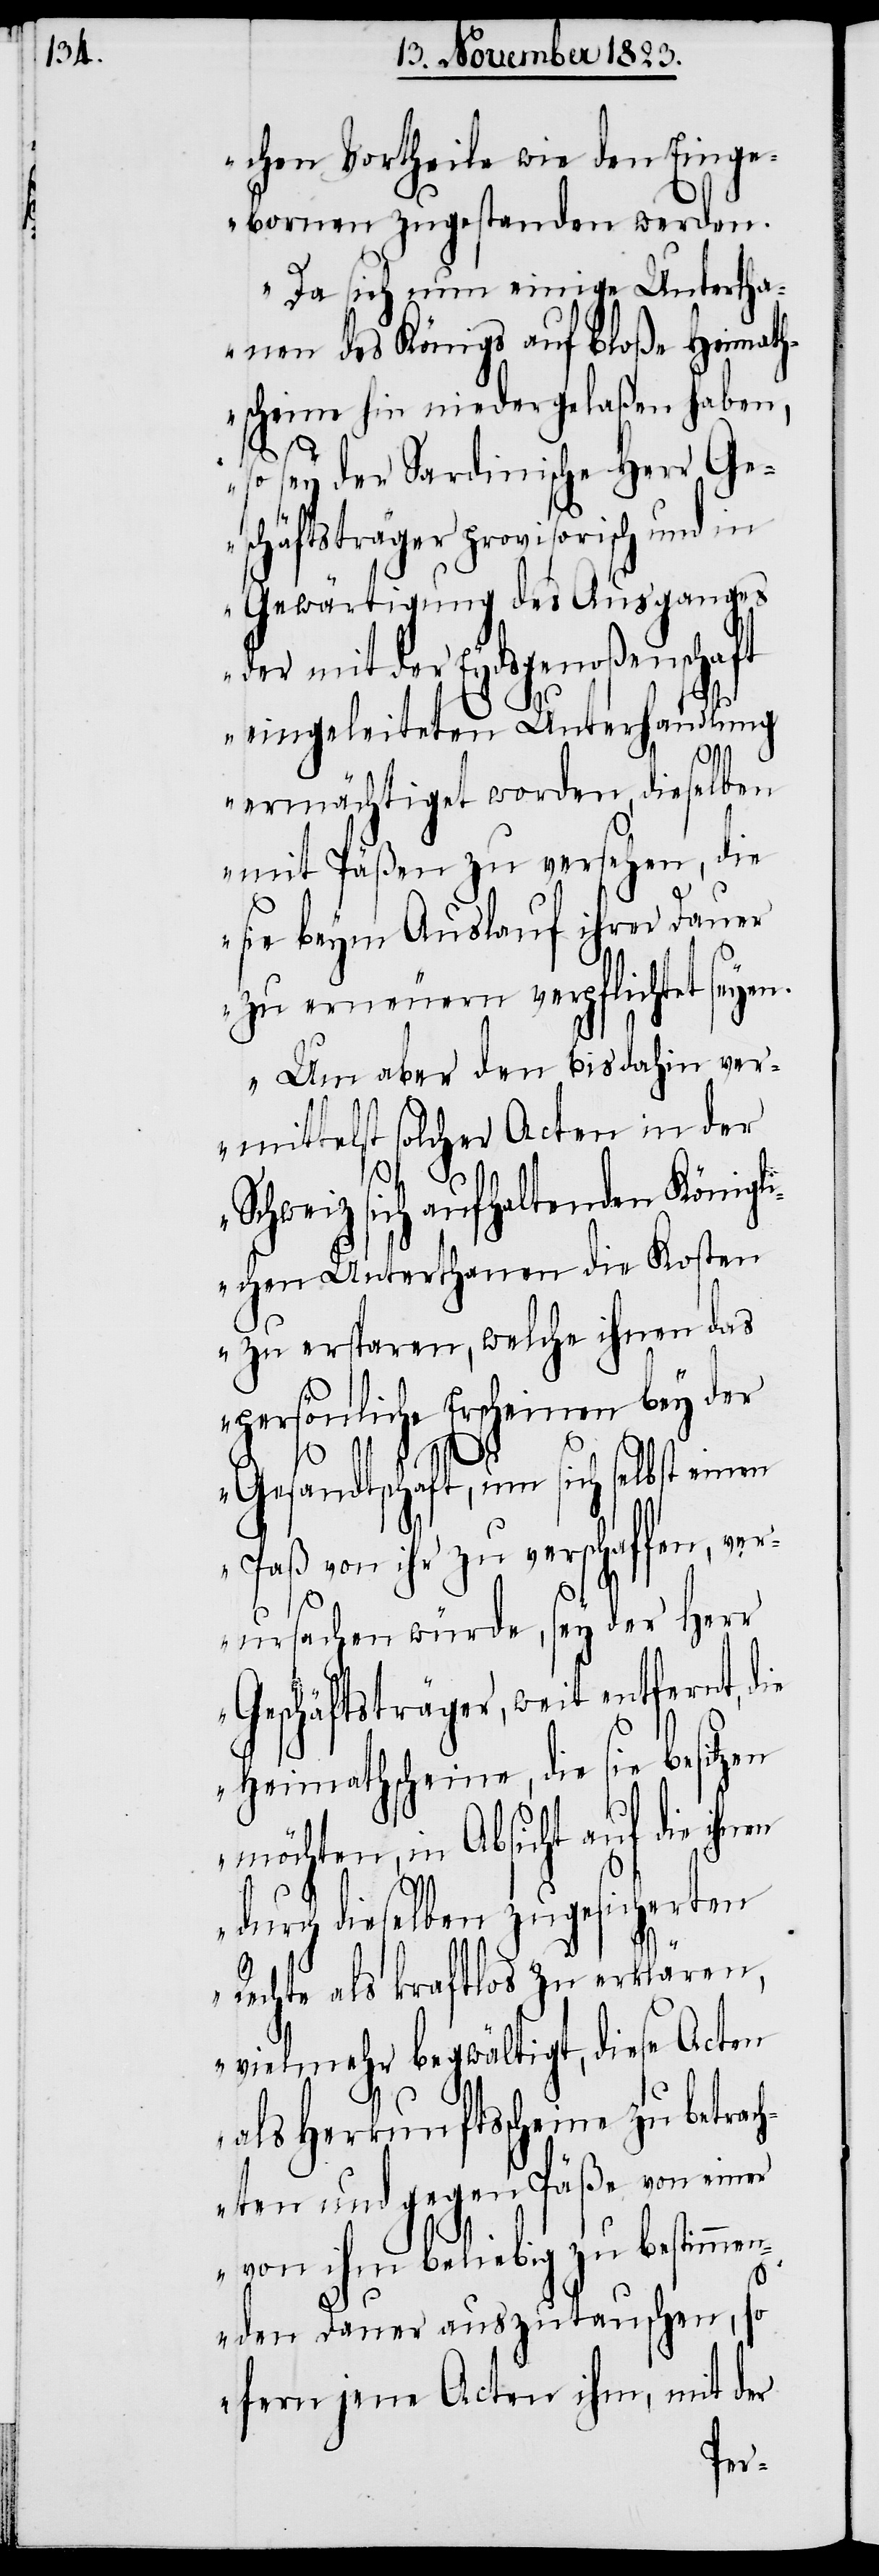
chen Vortheile wie den Einge¬
bornen zugestanden werden.
Da sich nun einige Untertha¬
nen des Königs auf bloße Heimath¬
scheine hin niedergelaßen haben,
so sey der Sardinische Herr Ge¬
schäftsträger provisorisch und in
Gewärtigung des Ausganges
der mit der Eydsgenoßenschaft
eingeleiteten Unterhandlung
ermächtiget worden, dieselben
mit Päßen zu versehen, die
sie beym Auslauf ihrer Dauer
zu erneuern verpflichtet seyen.
Um aber den bis dahin ver¬
mittelst solcher Acten in der
Schweiz sich aufhaltenden Königli¬
chen Unterthanen die Kosten
zu ersparen, welche ihnen das
persönliche Erscheinen bey der
en
Gesandtschaft, um sich selbst einen
Paß von ihr zu verschaffen, ver¬
ursachen würde, sey der Herr
Geschäftsträger, weit entfernt, die
Heimathscheine, die sie besitz¬
möchten, in Absicht auf die
durch dieselben zugesicherten
Rechte als kraftlos zu erklären,
vielmehr begwältigt, diese Acten
als Herkunftsscheine zu betra¬
chten und gegen Päße von einer
von ihm beliebig zu bestimme¬
nden Dauer auszutauschen, so
fern jene Acten ihm, mit der